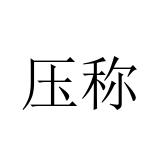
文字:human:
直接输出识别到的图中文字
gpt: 压称